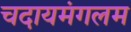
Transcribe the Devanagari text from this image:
चदायमंगलम